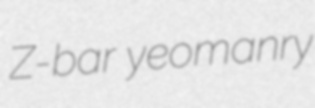
Z-bar yeomanry